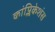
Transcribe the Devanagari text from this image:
कांप्लिकेशंस